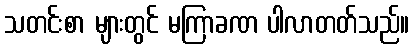
သတင်းစာ များတွင် မကြာခဏ ပါလာတတ်သည်။